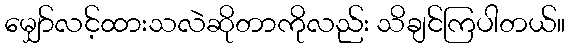
မျှော်လင့်ထားသလဲဆိုတာကိုလည်း သိချင်ကြပါတယ်။